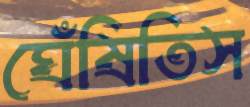
ঘেঁষিতিস